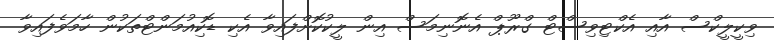
ވިކީލީކްސް އާއި އެކްޓިވިސްޓް ގްރޫޕް އެނޮނިމަސް އިން ލީކުކޮށްފައިވާ އެކި ޑޮކިއުމަންޓްތަކުން ހާމަވެފައިވާ